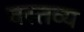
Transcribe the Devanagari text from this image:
वस्तव्य